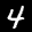
Label: 4